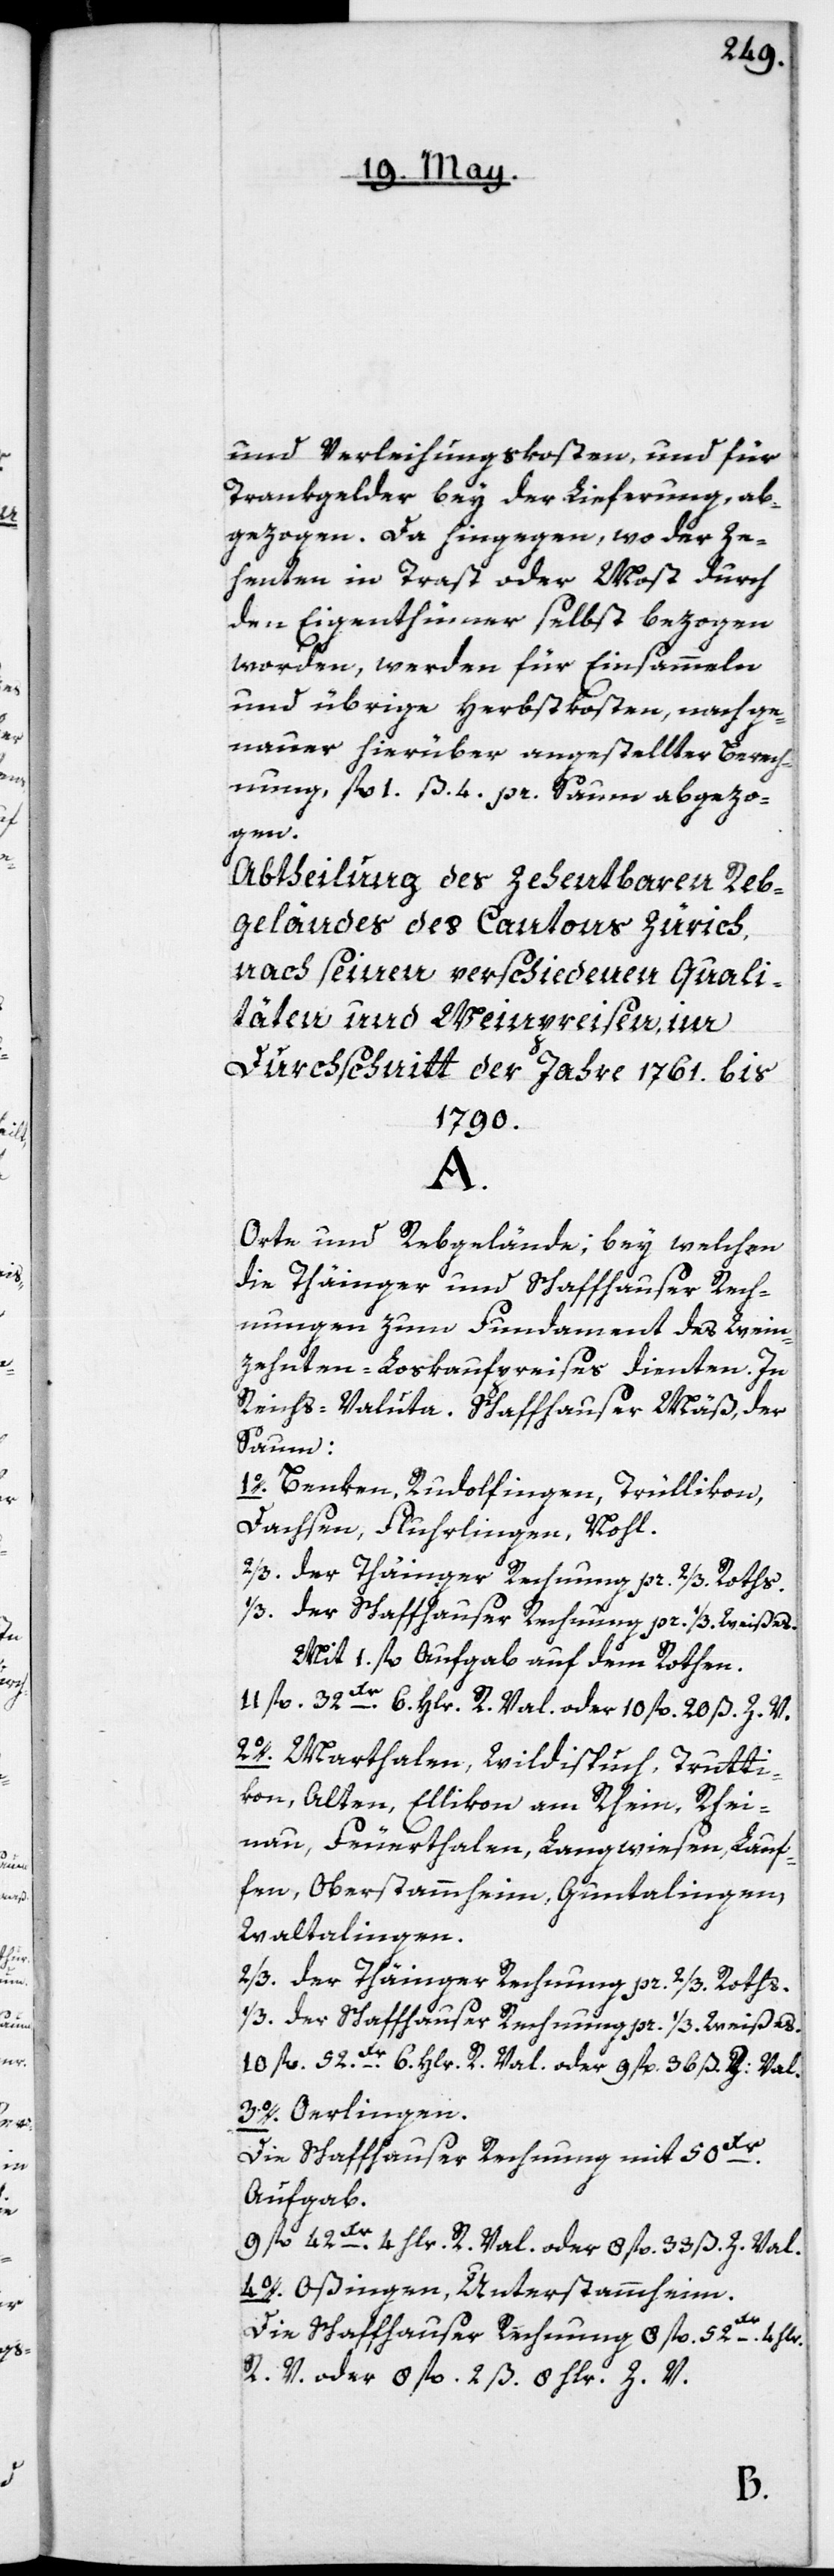
und Verleihungskosten, und für
Trankgelder bey der Lieferung, ab¬
gezogen. Da hingegen, wo der Ze¬
henten in Trast oder Most durch
den Eigenthümer selbst bezogen
worden, werden für Einsammeln
und übrige Herbstkosten, nach ge¬
nauer hierüber angestellter Berech¬
nung, fl. 1. ß 4. pr. Saum abgezo¬
gen.
Abtheilung des zehentbaren Reb¬
geländes des Cantons Zürich,
nach seinen verschiedenen Quali¬
täten und Weinpreisen, im
Durchschnitt der Jahre 1761. bis
1790.
A.
Orte und Rebgelände, bey welchen
die Thäinger und Schaffhauser Rech¬
nungen zum Fundament des Wein¬
zehenten-Loskaufpreises dienten. In
Reichs-Valuta. Schaffhauser Mäß, der
Saum:
1o. Benken, Rudolfingen, Trüllikon,
Dachsen, Fluhrlingen, Nohl.
2/3 der Thäinger Rechnung pr. 2/3 Roths.
1/3 der Schaffhauser Rechnung pr. 1/3 Weißes.
Mit 1 fl. Aufgab auf den Rothen.
11 fl. 32 Xr. 6. Hlr. R. Val. oder 10 fl. 20 ß. Z. V.
2o. Marthalen, Wildispuch, Trutti¬
kon, Alten, Ellikon am Rhein, Rhei¬
nau, Feuerthalen, Langwiesen, Lauf¬
fen, Oberstammheim, Guntalingen,
Waltalingen.
10 fl. 52Xr. 6. Hlr. R. Val. oder 9 fl. 36 ß Z. Val.
3o. Oerlingen.
Die Schaffhauser Rechnung mit 50Xr.
Aufgab.
9 fl. 42 Xr. 4 Hlr. R. Val. oder 8 fl. 33 ß Z. Val.
4o. Oßingen, Unterstammheim.
Die Schaffhauser Rechnung 8 fl. 52 Xr. 4 Hlr.
R. V. oder 8 fl. 2 ß 8 Hlr. Z. V.